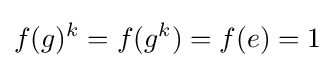
f(g)^{k}=f(g^{k})=f(e)=1